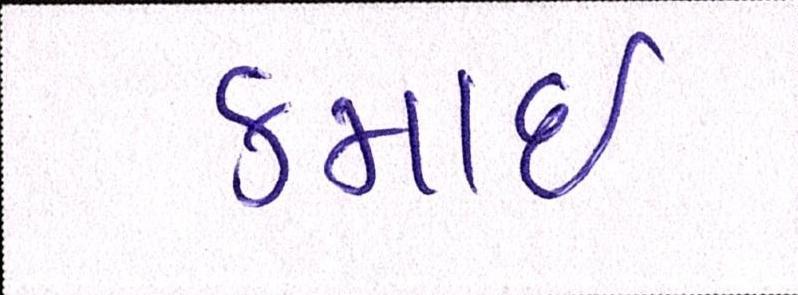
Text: કમાઈ